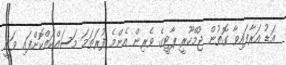
އަޑު އަރާފައިވާ ގޮތުން ޖުމްހޫރީ ޕާޓީގެ ވެރިން އެންމެ ފުރަތަމަ މަސައްކަތްކޮށްފައި ވަނީ